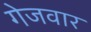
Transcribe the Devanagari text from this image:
गेजवार